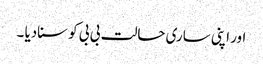
اور اپنی ساری حالت بی بی کو سنادیا ۔